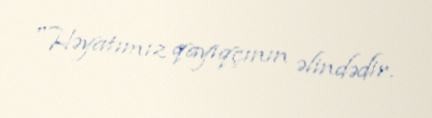
"Həyatımız qayıqçının əlindədir.